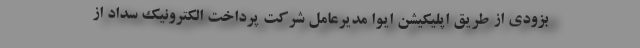
بزودی از طریق اپلیکیشن ایوا مدیرعامل شرکت پرداخت الکترونیک سداد از